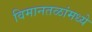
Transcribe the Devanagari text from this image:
विमानतळांमध्ये